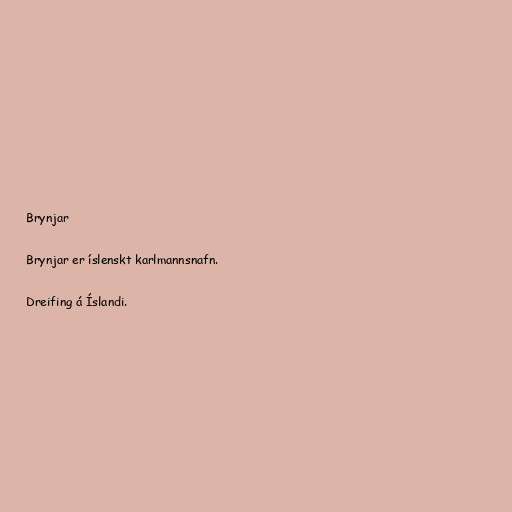
Brynjar

Brynjar er íslenskt karlmannsnafn.

Dreifing á Íslandi.